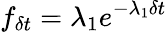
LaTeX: f_{\delta t}=\lambda_{1}e^{-\lambda_{1}\delta t}